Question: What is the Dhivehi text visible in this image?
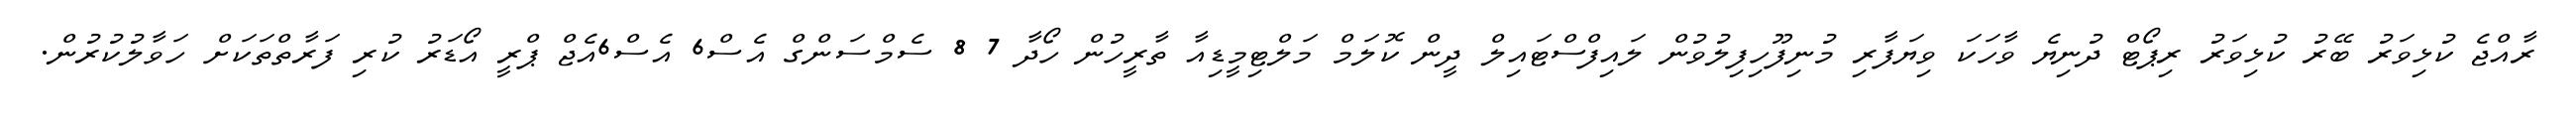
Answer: ރާއްޖެ ކުޅިވަރު ބޭރު ކުޅިވަރު ރިޕޯޓް ދުނިޔެ ވާހަކަ ވިޔަފާރި މުނިފޫހިފިލުވުން ލައިފްސްޓައިލް ދީން ކޮލަމް މަލްޓިމީޑިއާ ތާރީހުން ހޯދާ 7 8 ސެމްސަންގް އެސް6 އެސް6އެޖް ޕްރީ އޯޑަރު ކުރި ފަރާތްތަކަށް ހަވާލުކުރުން.